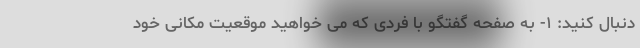
دنبال کنید: ۱- به صفحه گفتگو با فردی که می خواهید موقعیت مکانی خود